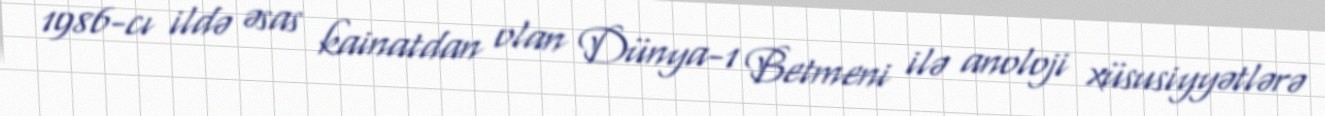
1986-cı ildə əsas kainatdan olan Dünya-1 Betmeni ilə anoloji xüsusiyyətlərə